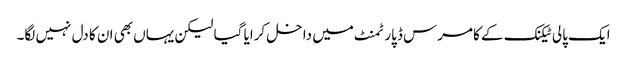
ایک پالی ٹیکنک کے کامرس ڈپارٹمنٹ میں داخل کرایا گیا لیکن یہاں بھی ان کا دل نہیں لگا۔